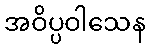
အဝိပ္ပဝါသေန